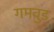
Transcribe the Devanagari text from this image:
गमवुड